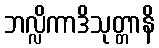
ဘလ္လိကာဒိသုတ္တာနိ